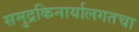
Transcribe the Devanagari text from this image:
समुद्रकिनार्यालगतचा